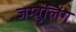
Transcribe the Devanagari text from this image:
जम्बुलिंग